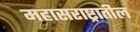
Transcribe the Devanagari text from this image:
महासराष्ट्रातील